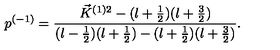
p ^ { ( - 1 ) } = \frac { \vec { K } ^ { ( 1 ) 2 } - ( l + \frac { 1 } { 2 } ) ( l + \frac { 3 } { 2 } ) } { ( l - \frac { 1 } { 2 } ) ( l + \frac { 1 } { 2 } ) - ( l + \frac { 1 } { 2 } ) ( l + \frac { 3 } { 2 } ) } .